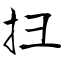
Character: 扫